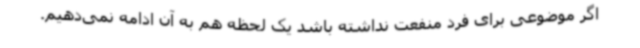
اگر موضوعی برای فرد منفعت نداشته باشد یک لحظه هم به آن ادامه نمی‌دهیم.